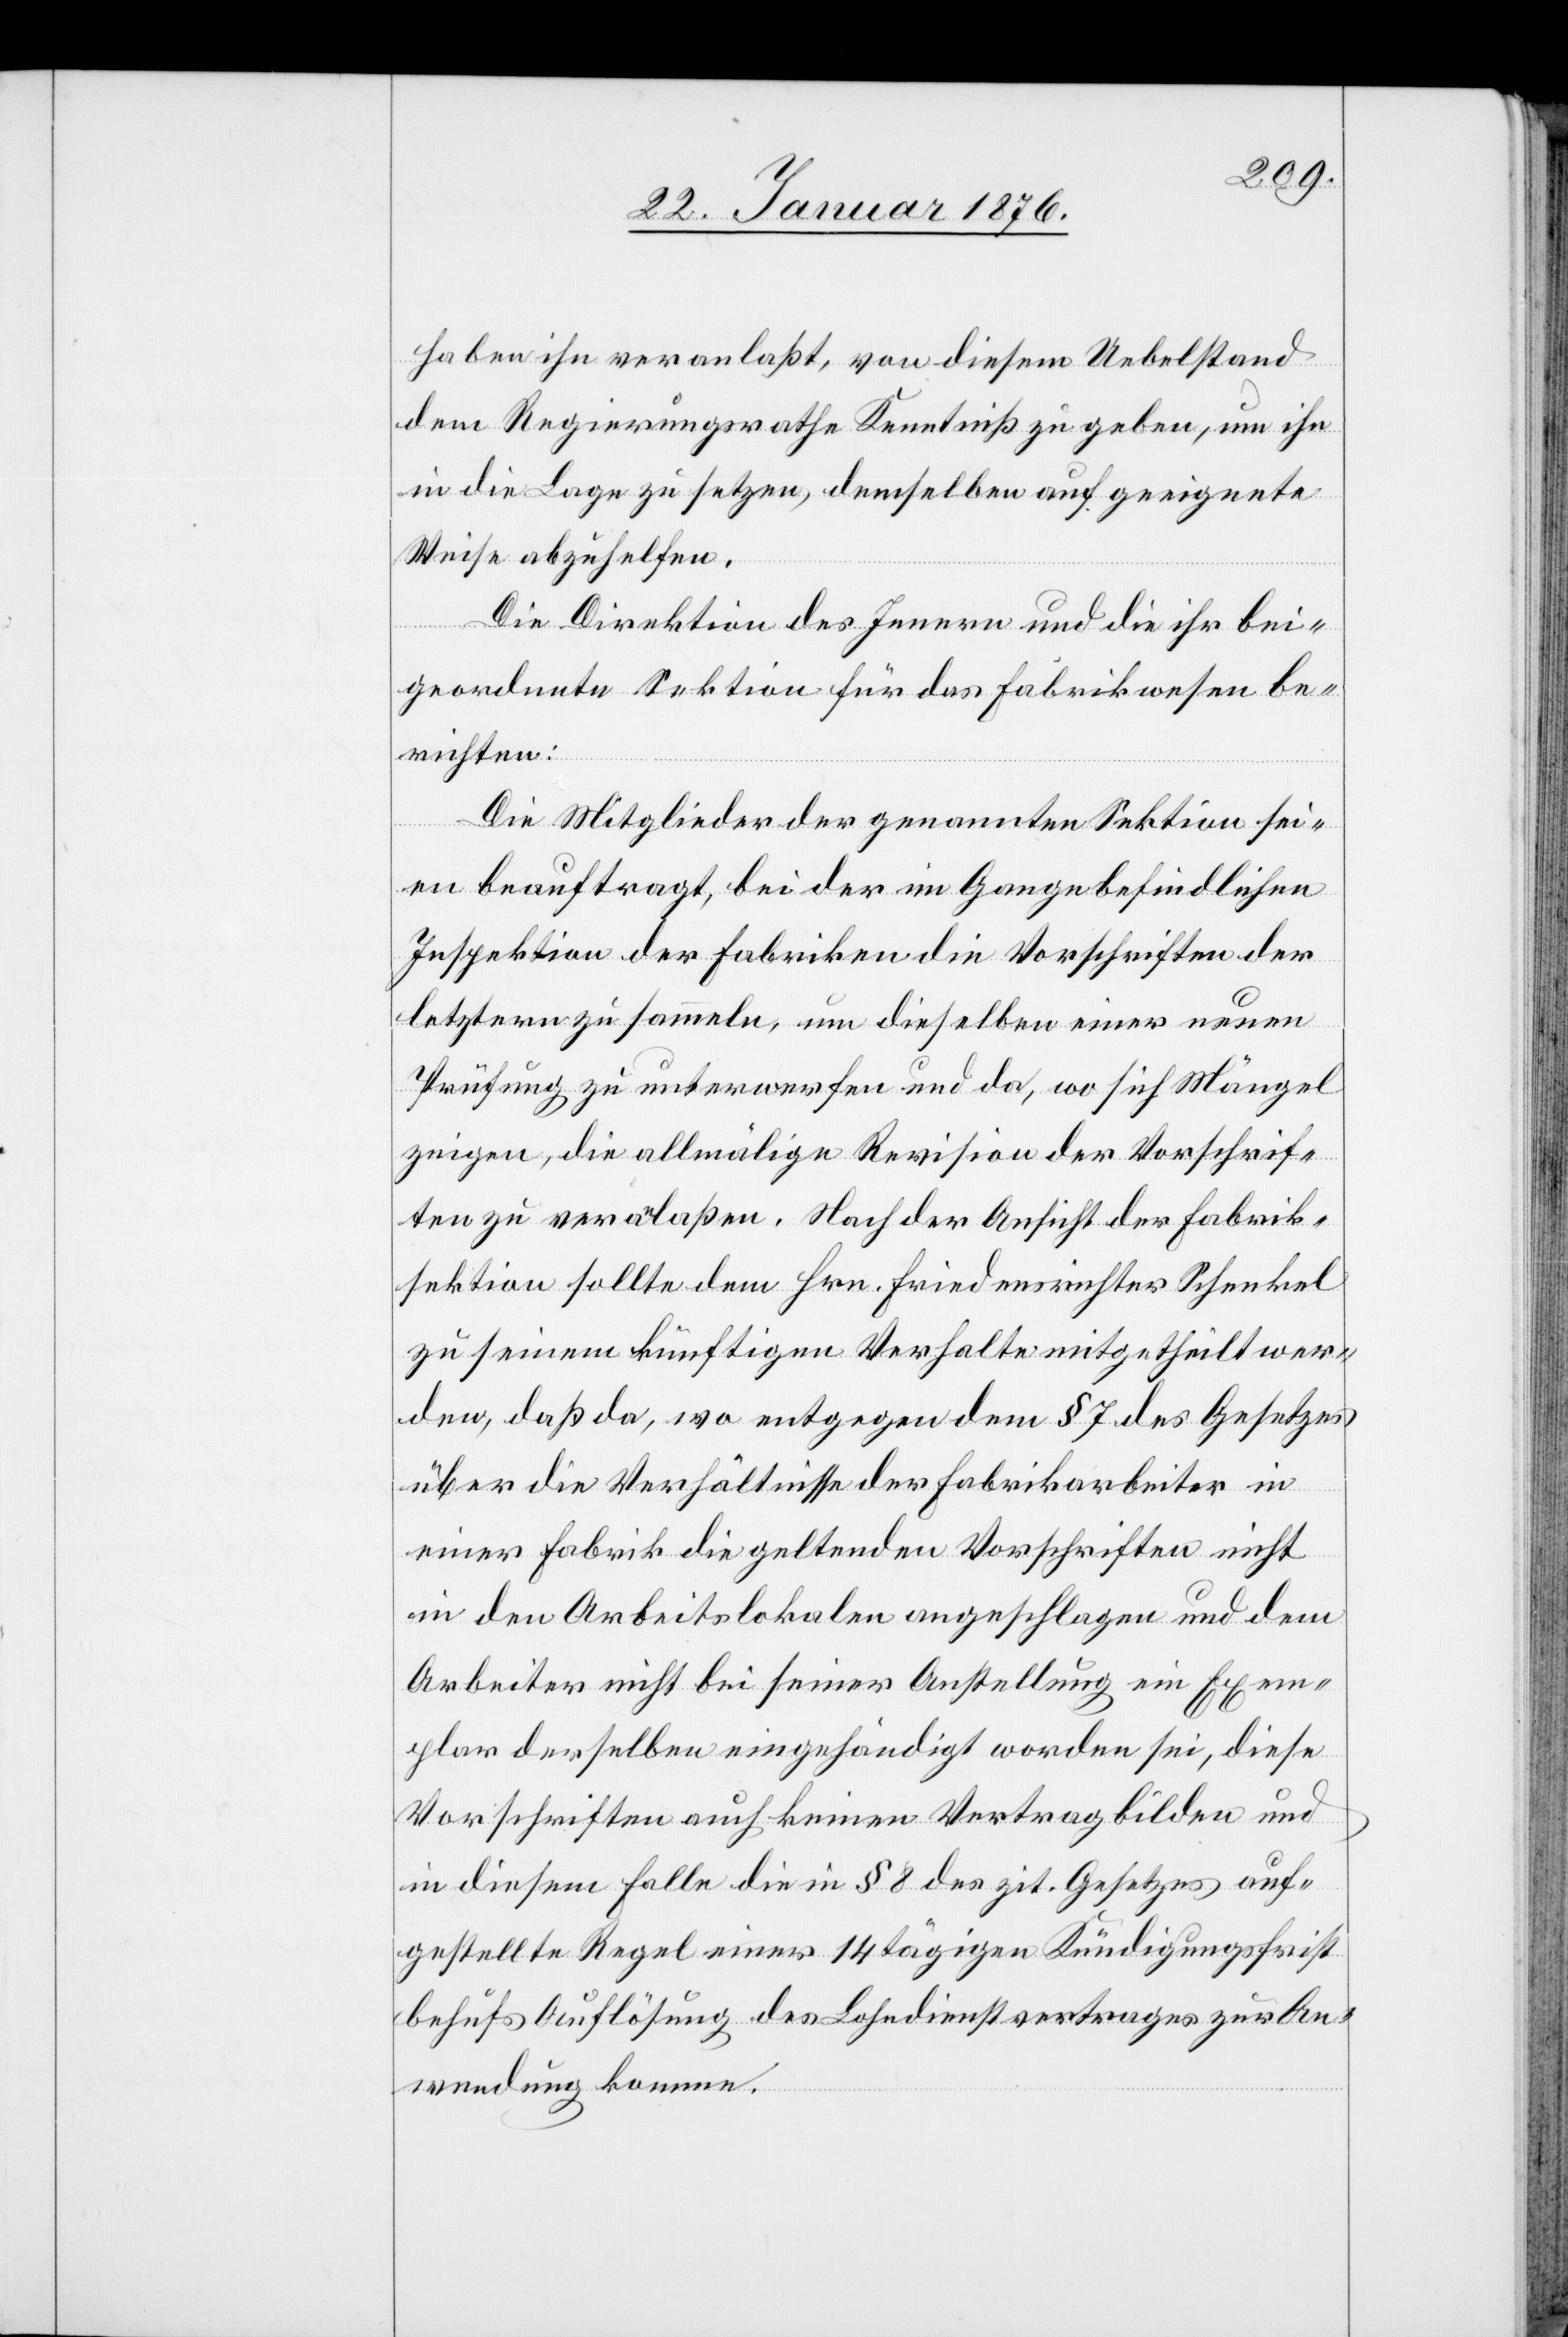
haben ihn veranlaßt, von diesem Uebelstand
dem Regierungsrathe Kenntniß zu geben, um ihn
in die Lage zu setzen, demselben auf geeignete
Weise abzuhelfen.
Die Direktion des Innern und die ihr bei¬
geordnete Sektion für das Fabrikwesen be¬
richten:
Die Mitglieder der genannten Sektion sei¬
en beauftragt, bei der im Gange befindlichen
Inspektion der Fabriken die Vorschriften der
letztern zu sammeln, um dieselben einer neuen
Prüfung zu unterwerfen und da, wo sich Mängel
zeigen, die allmälige Revision der Vorschrif¬
ten zu veranlaßen. Nach der Ansicht der Fabrik¬
sektion sollte dem Hrn. Friedensrichter Schenkel
zu seinem künftigen Verhalten mitgetheilt wer¬
den, daß da, wo entgegen dem § 7 des Gesetzes
über die Verhältnisse der Fabrikarbeiter in
einer Fabrik die geltenden Vorschriften nicht
in den Arbeitslokalen angeschlagen und dem
Arbeiter nicht bei seiner Anstellung ein Exem¬
plar derselben eingehändigt worden sei, diese
Vorschriften auch keinen Vertrag bilden und
in diesem Falle die in § 8 des zit. Gesetzes auf¬
gestellte Regel einer 14 tägigen Kündigungsfrist
behufs Auflösung des Lohndienstvertrages zur An¬
wendung komme.